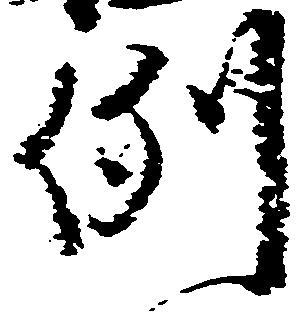
例